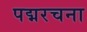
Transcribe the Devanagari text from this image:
पद्मरचना